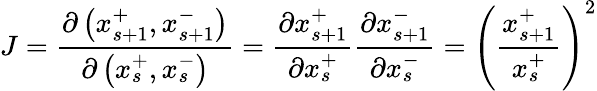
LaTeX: J={\frac{\partial\left(x_{s+1}^{+},x_{s+1}^{-}\right)}{\partial\left(x_{s}^{+},x_{s}^{-}\right)}}={\frac{\partial x_{s+1}^{+}}{\partial x_{s}^{+}}}{\frac{\partial x_{s+1}^{-}}{\partial x_{s}^{-}}}=\left({\frac{x_{s+1}^{+}}{x_{s}^{+}}}\right)^{2}